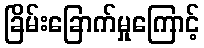
ခြိမ်းခြောက်မှုကြောင့်